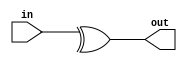
module sparc_ifu_par34 (
   out, 
   in
   );
   input [33:0] in;
   output 	out;
   assign  out = (^in[33:0]);
endmodule